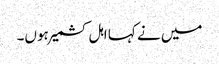
میں نے کہا اہل کشمیر ہوں۔